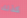
كذلك